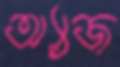
অ্যাজ